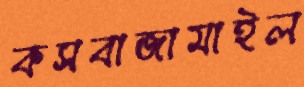
কসবাজামাইল